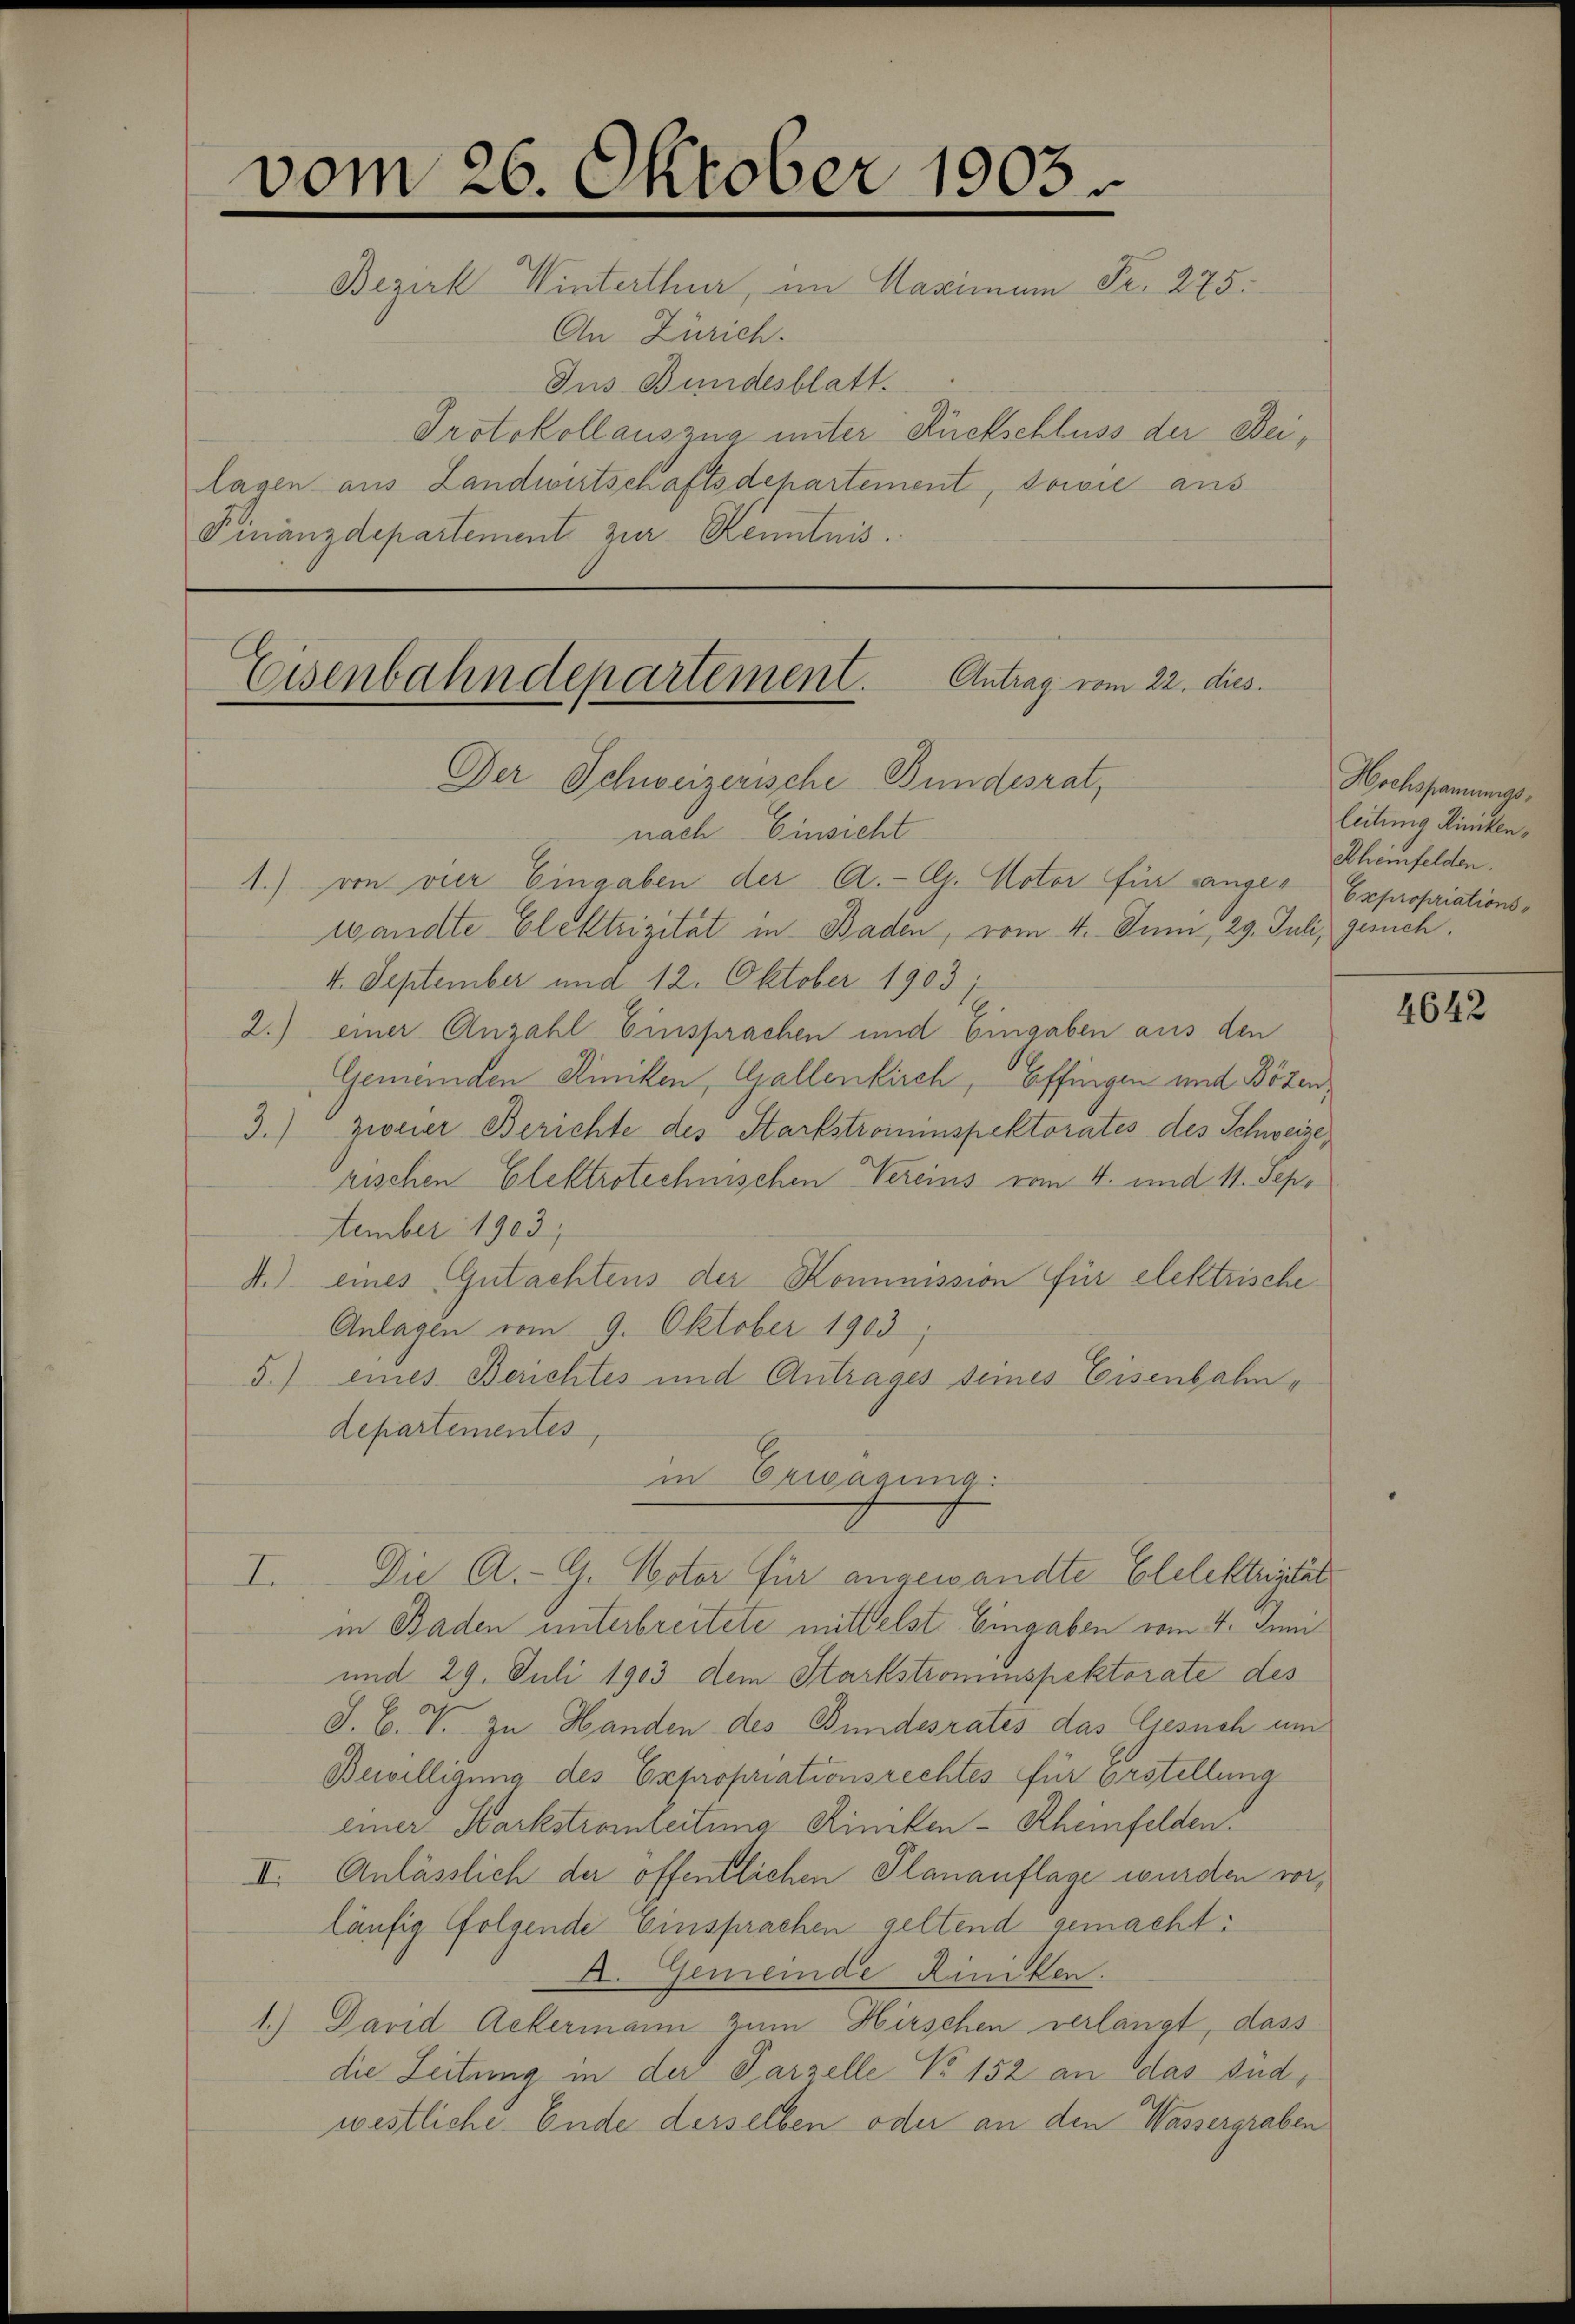
vom 26. Oktober 1903
Bezirk Winterthur, im Maximum Fr. 275.
An Zürich.

Jus Bundesblatt.
Protokollauszug unter Rückschluss der Beilagen aus Landwirtschaftsdepartement, sowie aus
Finanzdepartement zur Kenntnis.

Antrag vom 22. dies
Eisenbahndepartement.

Der Schweizerische Bundesrat,
nach Einsicht
1.) von vier Eingaben der A. G. Notor für sanges Expropriationswandte Elektrizität in Baden, vom 4. Juni, 29. Juli, gesuch.
4. September und 12. Oktober 1903;
2.) einer Anzahl Einsprachen und Eingaben aus den
Gemeinden Riniken, Gallenkirch, Affingen und Bözen¬
3.) Notier Berichte des Starfstromninspektorates des Schweize,
rischen Elektrotechnischen Vereins vom 4. und 11. Sept
tember 1903,
4.) eines Gutachtens der Kommission für elektrische
Anlagen vom 9. Oktober 1903,
5.) eines Berichtes und Antrages seines Eisenbahndepartementes,
in Erwägung.
Die A. G. Notor für angewandte Elelektrizität
I
in Baden unterbreitete mittelst Eingaben vom 4. Juni
und 29. Juli 1903 dem Starkstroninspektorate des
J. C. V. zu Handen des Bundesrates das Gesuch um
Bewilligung des Expropriationsrechtes für Erstellung
einer Harkstromleitung Rincken-Rheinfelden
II. Anlässlich der öffentlichen Planauflage wurden vorläufig folgende einsprachen geltend gemacht:
A. Gemeinde Riniken.
1.) David Ackermann zum Hirschen verlangt, dass
die Leitung in der Parzelle No 152 an das sudwestliche Ende derselben oder an den Wassergraben

Hochssamungsleitung Kinken,
Rheinfelden.

4642